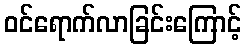
ဝင်ရောက်လာခြင်းကြောင့်